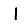
Digit: 1